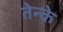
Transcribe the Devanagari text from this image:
तेन्के